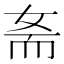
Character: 𡜚